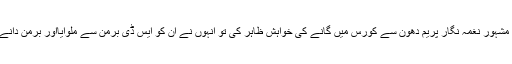
اسی زمانے میں شوکت نے مشہور نغمہ نگار پریم دھون سے کورس میں گانے کی خواہش ظاہر کی تو انہوں نے ان کو ایس ڈی برمن سے ملوایااور برمن دانے ان کی آواز کو پاس کر دیا۔